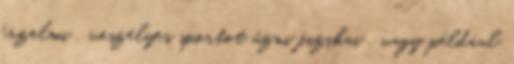
érzelmi , veszélyes sportot űzni fizikai , vagy például